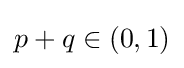
p+q\in (0,1)